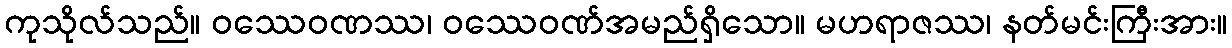
ကုသိုလ်သည်။ ဝဿေဝဏဿ၊ ဝဿေဝဏ်အမည်ရှိသော။ မဟရာဇဿ၊ နတ်မင်းကြီးအား။